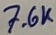
Text: 7.6K